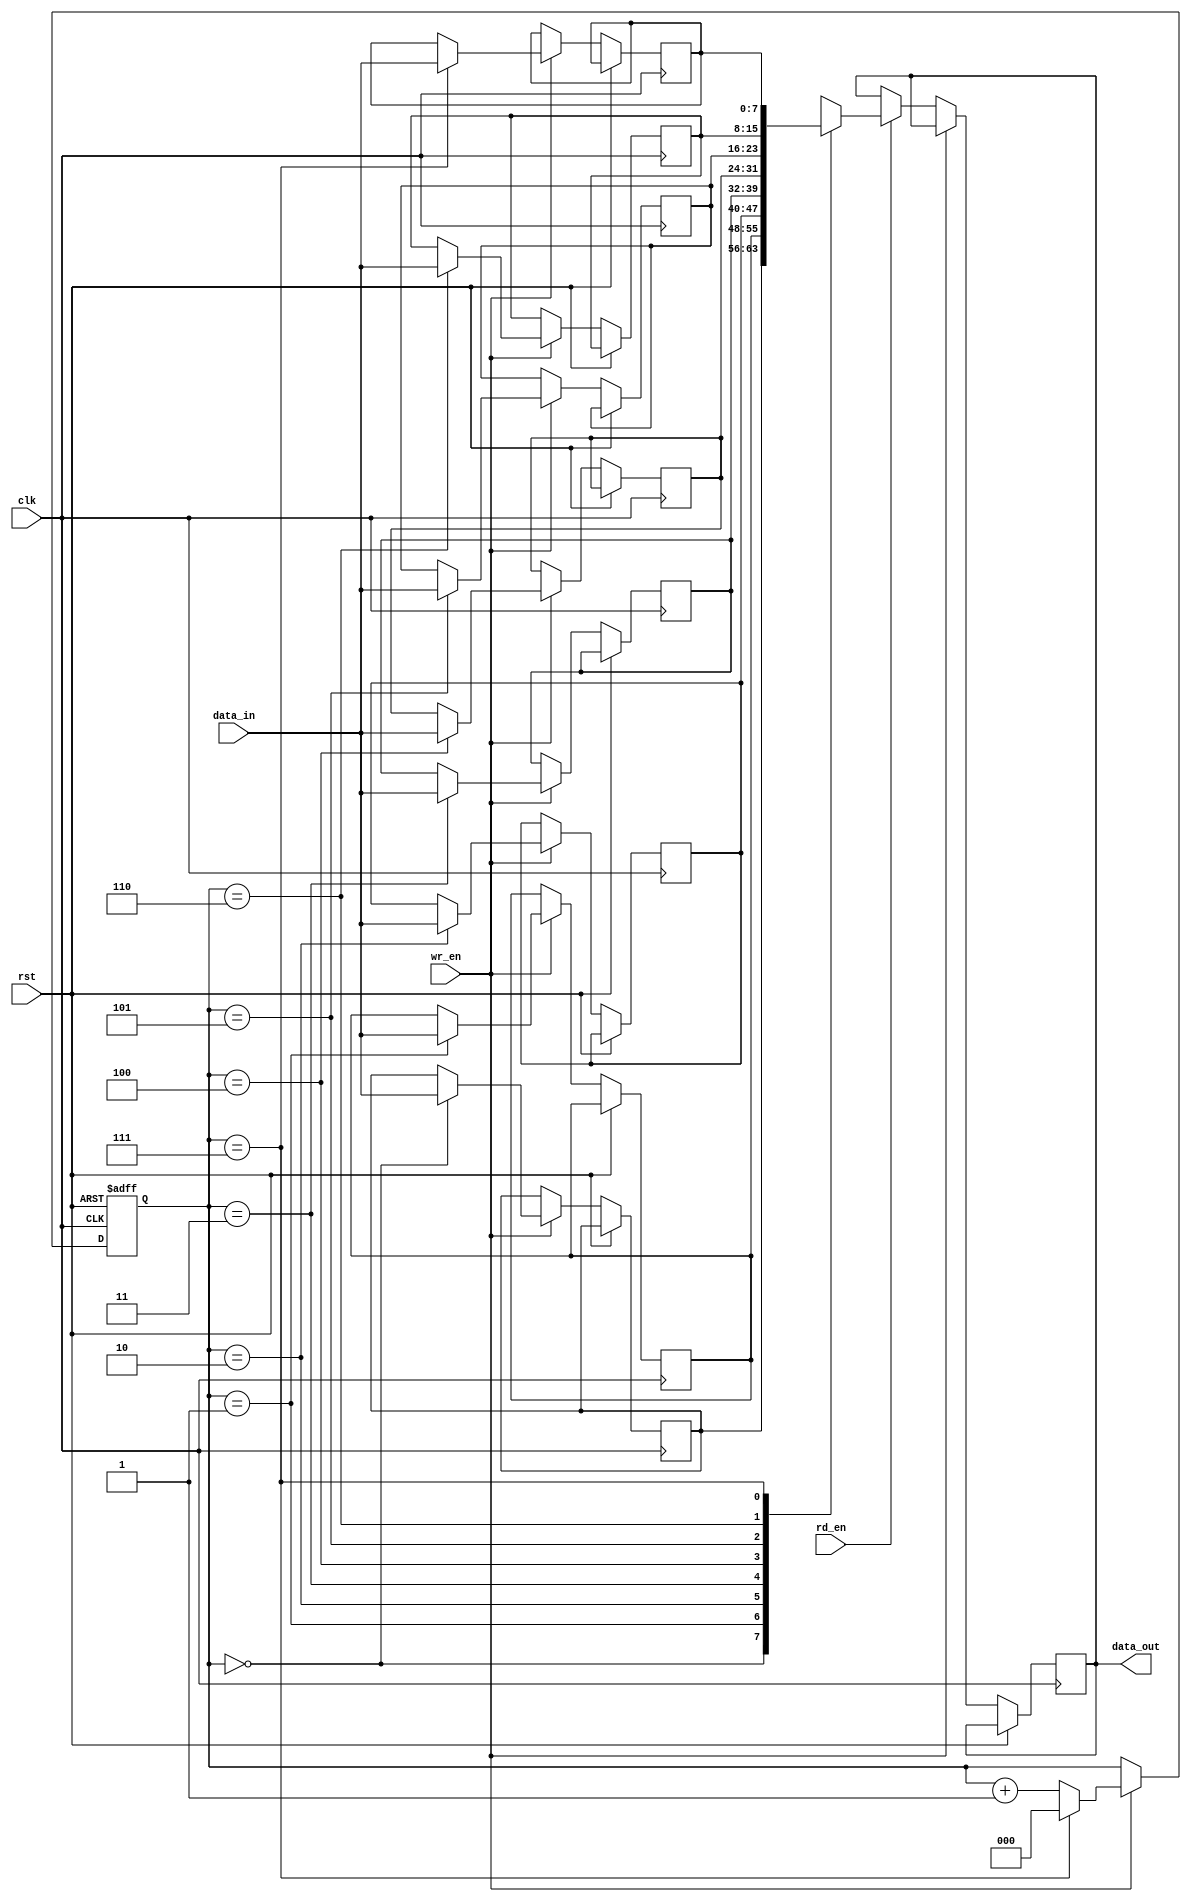
module CircularRegisterFile
(
  input wire clk,
  input wire rst,
  input wire wr_en,
  input wire rd_en,
  input wire [7:0] data_in,
  output wire [7:0] data_out
);

  reg [7:0] memory [0:7]; // 8 registers with 8 bits each
  reg [2:0] pointer = 3; // initial pointer position

  always @(posedge clk or posedge rst)
  begin
    if (rst)
      pointer <= 3; // reset pointer to initial position
    else if (wr_en)
    begin
      memory[pointer] <= data_in; // write data to current pointer position
      pointer <= (pointer == 7) ? 0 : pointer + 1; // increment pointer
    end
    else if (rd_en)
      data_out <= memory[pointer]; // read data from current pointer position
  end

endmodule